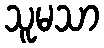
သူမသာ